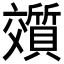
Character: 𬽟